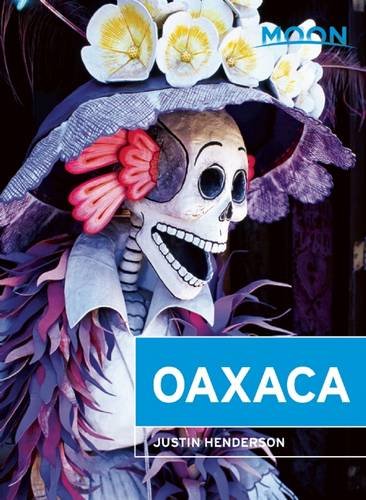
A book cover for Moon Oaxaca (Moon Handbooks); Justin Henderson; Travel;